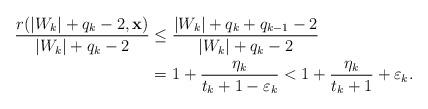
LaTeX: \begin{align*}\frac{r(|W_k|+q_k -2, {\mathbf x})}{|W_k|+q_k-2} &\le \frac{|W_k| + q_k + q_{k-1} -2}{|W_k|+q_k -2} \\&= 1 + \frac{\eta_k}{t_k +1-\varepsilon_k} < 1 + \frac{\eta_k}{t_k +1}+ \varepsilon_k. \end{align*}